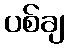
ပစ်ချ